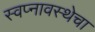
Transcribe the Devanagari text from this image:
स्वप्नावस्थेचा